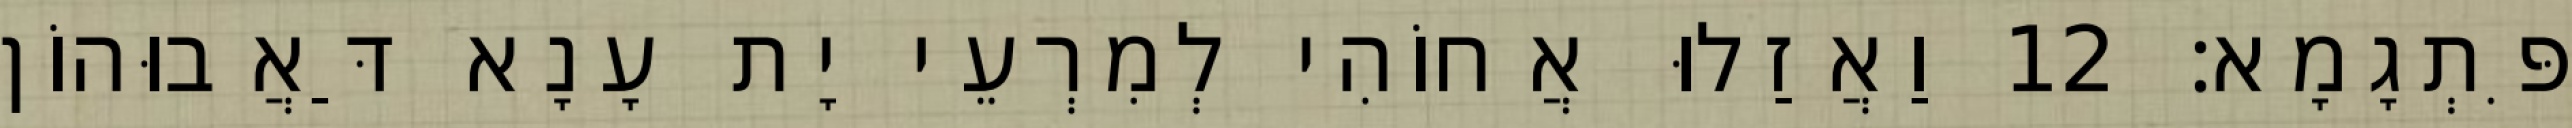
פִּתְגָמָא׃ 12 וַאֲזַלוּ אֲחוֹהִי לְמִרְעֵי יָת עָנָא דַּאֲבוּהוֹן